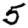
Digit: 5